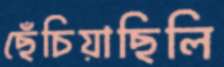
ছেঁচিয়াছিলি